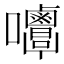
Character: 𡅿